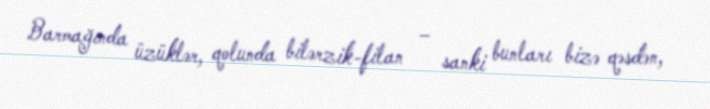
Barmağında üzüklər, qolunda bilərzik-filan – sanki bunları bizə qəsdən,